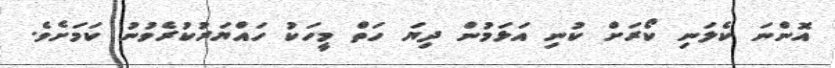
އޮންނަ ކެލަނި ކޯރަށް ކުނި އަޅަމުން ދިޔަ ހަތް މީހަކު ހައްޔަރުކުރެވުނު ކަމަށެވެ.